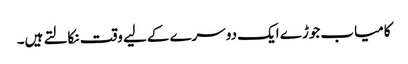
کامیاب جوڑے ایک دوسرے کےلیے وقت نکالتے ہیں۔